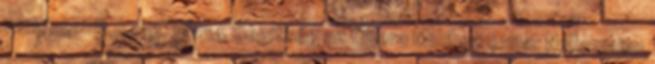
verzi. 2018.11.09. 16:54 Segítség az Opera Minihez expa: Nekomajin: